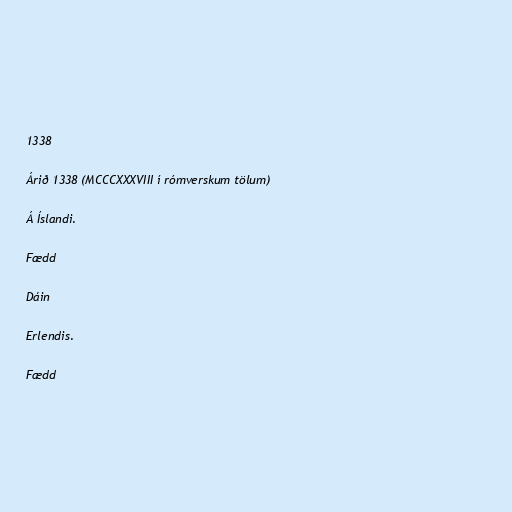
1338

Árið 1338 (MCCCXXXVIII í rómverskum tölum)

Á Íslandi.

Fædd

Dáin

Erlendis.

Fædd